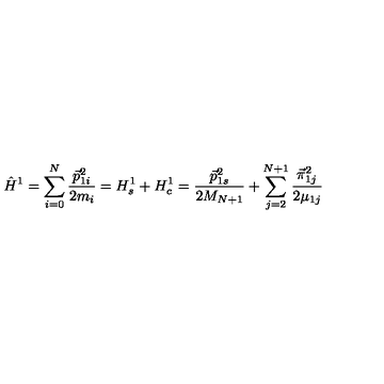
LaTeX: \hat { H } ^ { 1 } = \sum _ { i = 0 } ^ { N } \frac { \vec { p } _ { 1 i } ^ { 2 } } { 2 m _ { i } } = H _ { s } ^ { 1 } + H _ { c } ^ { 1 } = \frac { \vec { p } _ { 1 s } ^ { 2 } } { 2 M _ { N + 1 } } + \sum _ { j = 2 } ^ { N + 1 } \frac { \vec { \pi } _ { 1 j } ^ { 2 } } { 2 \mu _ { 1 j } }